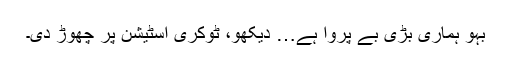
بہو ہماری بڑی بے پروا ہے… دیکھو، ٹوکری اسٹیشن پر چھوڑ دی۔